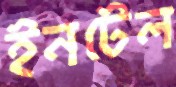
ইনটেল